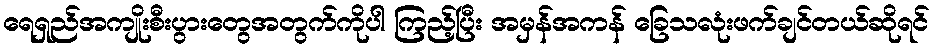
ရေရှည်အကျိုးစီးပွားတွေအတွက်ကိုပါ ကြည့်ပြီး အမှန်အကန် ခြေသလုံးဖက်ချင်တယ်ဆိုရင်